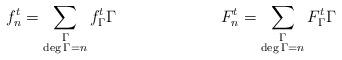
LaTeX: \begin{align*} f^t_n &= \sum_{\substack{ \Gamma \\ \deg\Gamma=n}} f^t_\Gamma \Gamma&F^t_n &= \sum_{\substack{ \Gamma \\ \deg\Gamma=n}} F^t_\Gamma \Gamma\end{align*}